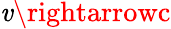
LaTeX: \mathit{v}\rightarrowc